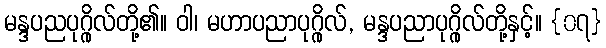
မန္ဒပညပုဂ္ဂိုလ်တို့၏။ ဝါ၊ မဟာပညာပုဂ္ဂိုလ်, မန္ဒပညာပုဂ္ဂိုလ်တို့နှင့်။ {၀၇}